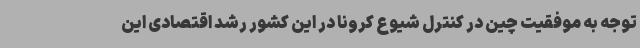
توجه به موفقیت چین در کنترل شیوع کرونا در این کشور رشد اقتصادی این